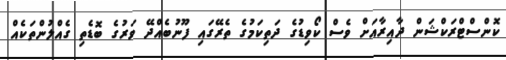
ކޮންސްޓްރަކްޝަން ދާއިރާއަށް ވެސް ކޯވިޑުގެ ދަތިކަމުގެ ތެރޭގައި ފޫނުބެއްދޭ ވަރުގެ ބޮޑެތި ގެއްލުންތަކެއް